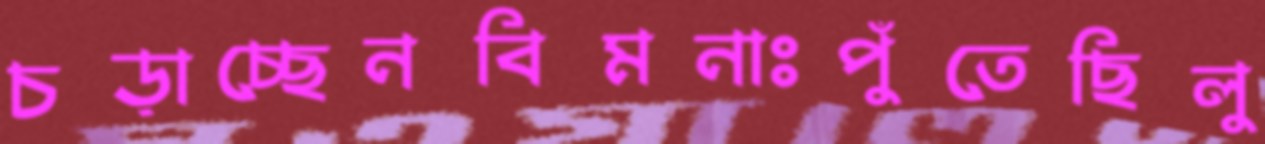
চড়াচ্ছেনবিমনাঃপুঁতেছিলু